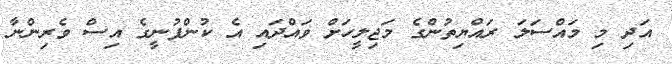
އަދި މި މައްސަލަ ރައްޔިތުންގެ މަޖިލީހަށް ވައްދައި އެ ކުންފުނީގެ އިސް ވެރިންނާ